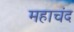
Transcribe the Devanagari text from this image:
महाचंद